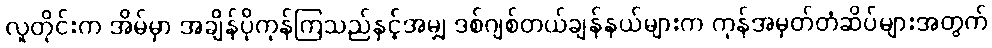
လူတိုင်းက အိမ်မှာ အချိန်ပိုကုန်ကြသည်နှင့်အမျှ ဒစ်ဂျစ်တယ်ချန်နယ်များက ကုန်အမှတ်တံဆိပ်များအတွက်